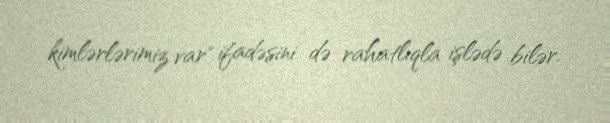
kimlərlərimiz var" ifadəsini də rahatlıqla işlədə bilər.